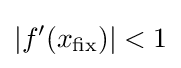
|f'(x_{\text{fix}})|<1